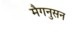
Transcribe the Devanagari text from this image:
मैगनुसन